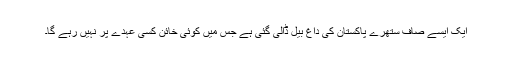
ایک ایسے صاف ستھرے پاکستان کی داغ بیل ڈالی گئی ہے جس میں کوئی خائن کسی عہدے پر نہیں رہے گا۔